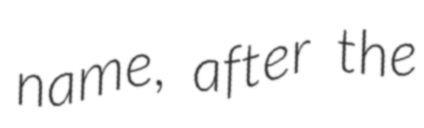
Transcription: name, after the